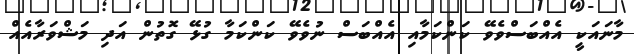
މާނައަކީ އެއްބަސްވެވޭ ކަންކަމާއި އެއްބަސް ނުވެވޭ ކަންކަމާ ގުޅޭ ގޮތުން އަދި މަޝްވަރާއެއް